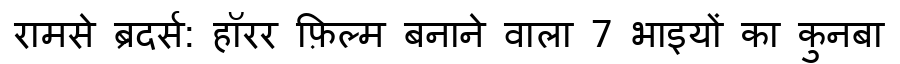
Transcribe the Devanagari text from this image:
रामसे ब्रदर्स: हॉरर फ़िल्म बनाने वाला 7 भाइयों का कुनबा